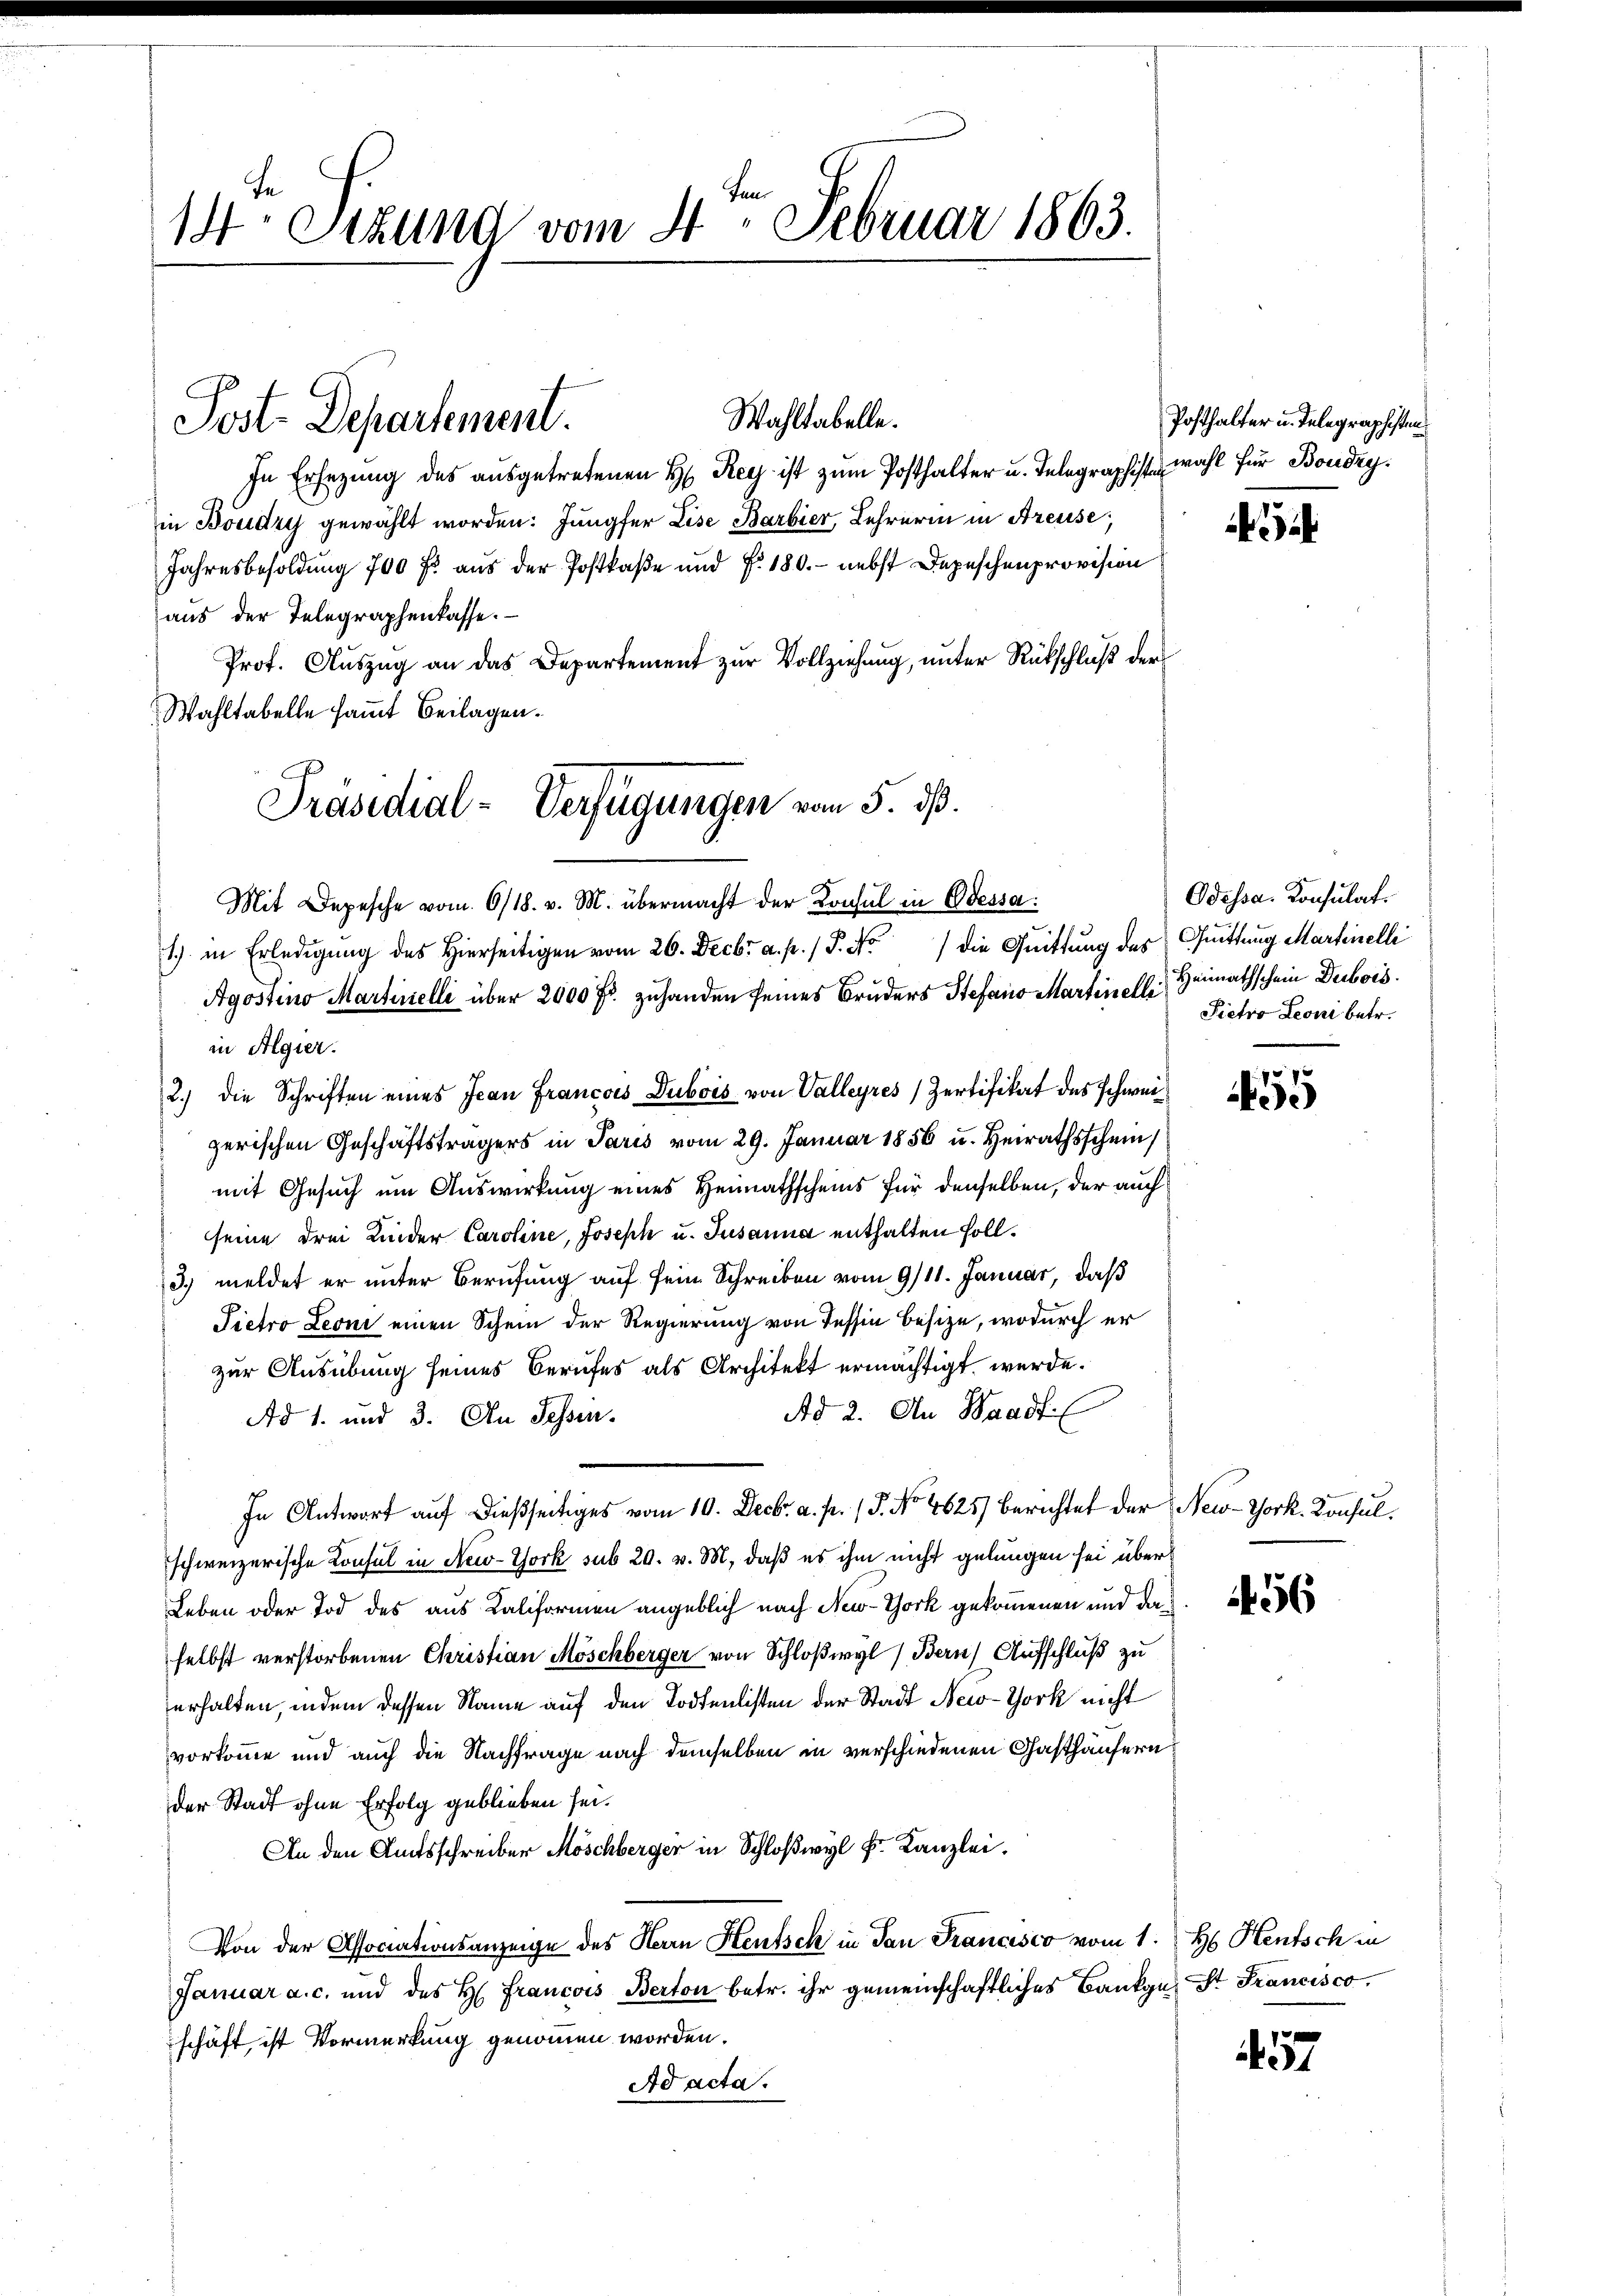
14ten Sizung vom 4. Februar 1863.

Wahltabelle.
Post. Departement.

In Ersezung des ausgetretenen H. Rey ist zŭm Posthalter u. Telegraphist wohl für Boudry
in Boudry gewählt worden. Jungfer Lise Barbier, Lehrerin in Areuse,
Jahresbesoldung 700 f: aus der Postkase und §. 180. - nebst Depeschenprovision
aus der Telegraphenkasse.
Prot. Aŭszŭg an das Departement zŭr Vollziehŭng ŭnter Rückschlaβ der
Wahltabelle samt Beilagen.
Mit Depesche vom 6/18. v. M. übermacht der Konsul in Odessa
1.) in Erledigŭng des hierseitigen vom 26. Decbr a. p. / P. No. die Quittung des
Agostino Martinelli über 2000 Fr. zuhanden seines Bruders Stefano Martinell Heimathschein Dubois.
in Algier.
2.) die Schriften eines Jean Francois Dubois von Valleyres Zertifikat des Schweizerischen Geschäftsträgers in Paris vom 29. Januar 1856 u. Heirathsschein
mit Gesuch um Auswirkung eines Heimathscheins für denselben, der auch
seine drei Kinder Caroline, Joseph u. Jusanna enthalten soll.
3) meldet er unter Berufung auf sein Schreiben vom 9/11. Januar, daß
Pietro Leoni einen Schein der Regierung von Tessin besize, wodurch er
zur Ausübung seines Berufes als Architekt ermächtigt werde.
Ad 2. An Waadt
Ad 1. und 3. An Sessen.
In Antwort auf dießseitiges vom 10. Decbr. a. p. 1. No 4625) berichtet der New-York. Konsulschweizerische Konsul in New-York sub 20. v. M., daß es ihm nicht gelungen sei über¬
Leben oder Tod des aus Kaliformen angeblich nach New-York gekommenen und da
selbst verstorbenen Christian Möschberger von Schloßwyl) Bern) Aufschluß zu
erhalten, indem dessen Name auf den Todtenlisten der Stadt New-York nicht
vorkomme und auch die Nachfrage nach demselben in verschiedenen Gasthäusern
der Stadt ohne Erfolg geblieben sei.
An den Amtsschreiber Möschberger in Schloßwyl F. Kanzlei.
Von der Associationsanzeige des Herrn Heutsch in dan Francisco vom 1.
Januar a. c. und des H. Francois Berton betr. ihr gemeinschaftliches Bankge, St. Francisco
schäft ist Vormerkung genommen worden.
Ad acta.

Präsidial-Verfügungen vom 5. dß.

Posthalter u. Telegraphisten

¬

Odessa. Konsulat.
Quittung Martinelli
Pietro Leoni betr.

55

56

H Hentsch in

57